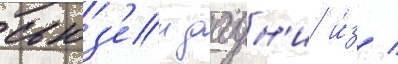
сьюз'ен даун'и и́з /